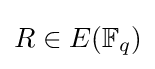
R\in E(\mathbb {F} _{q})